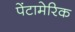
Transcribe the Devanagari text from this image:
पेंटामेरिक